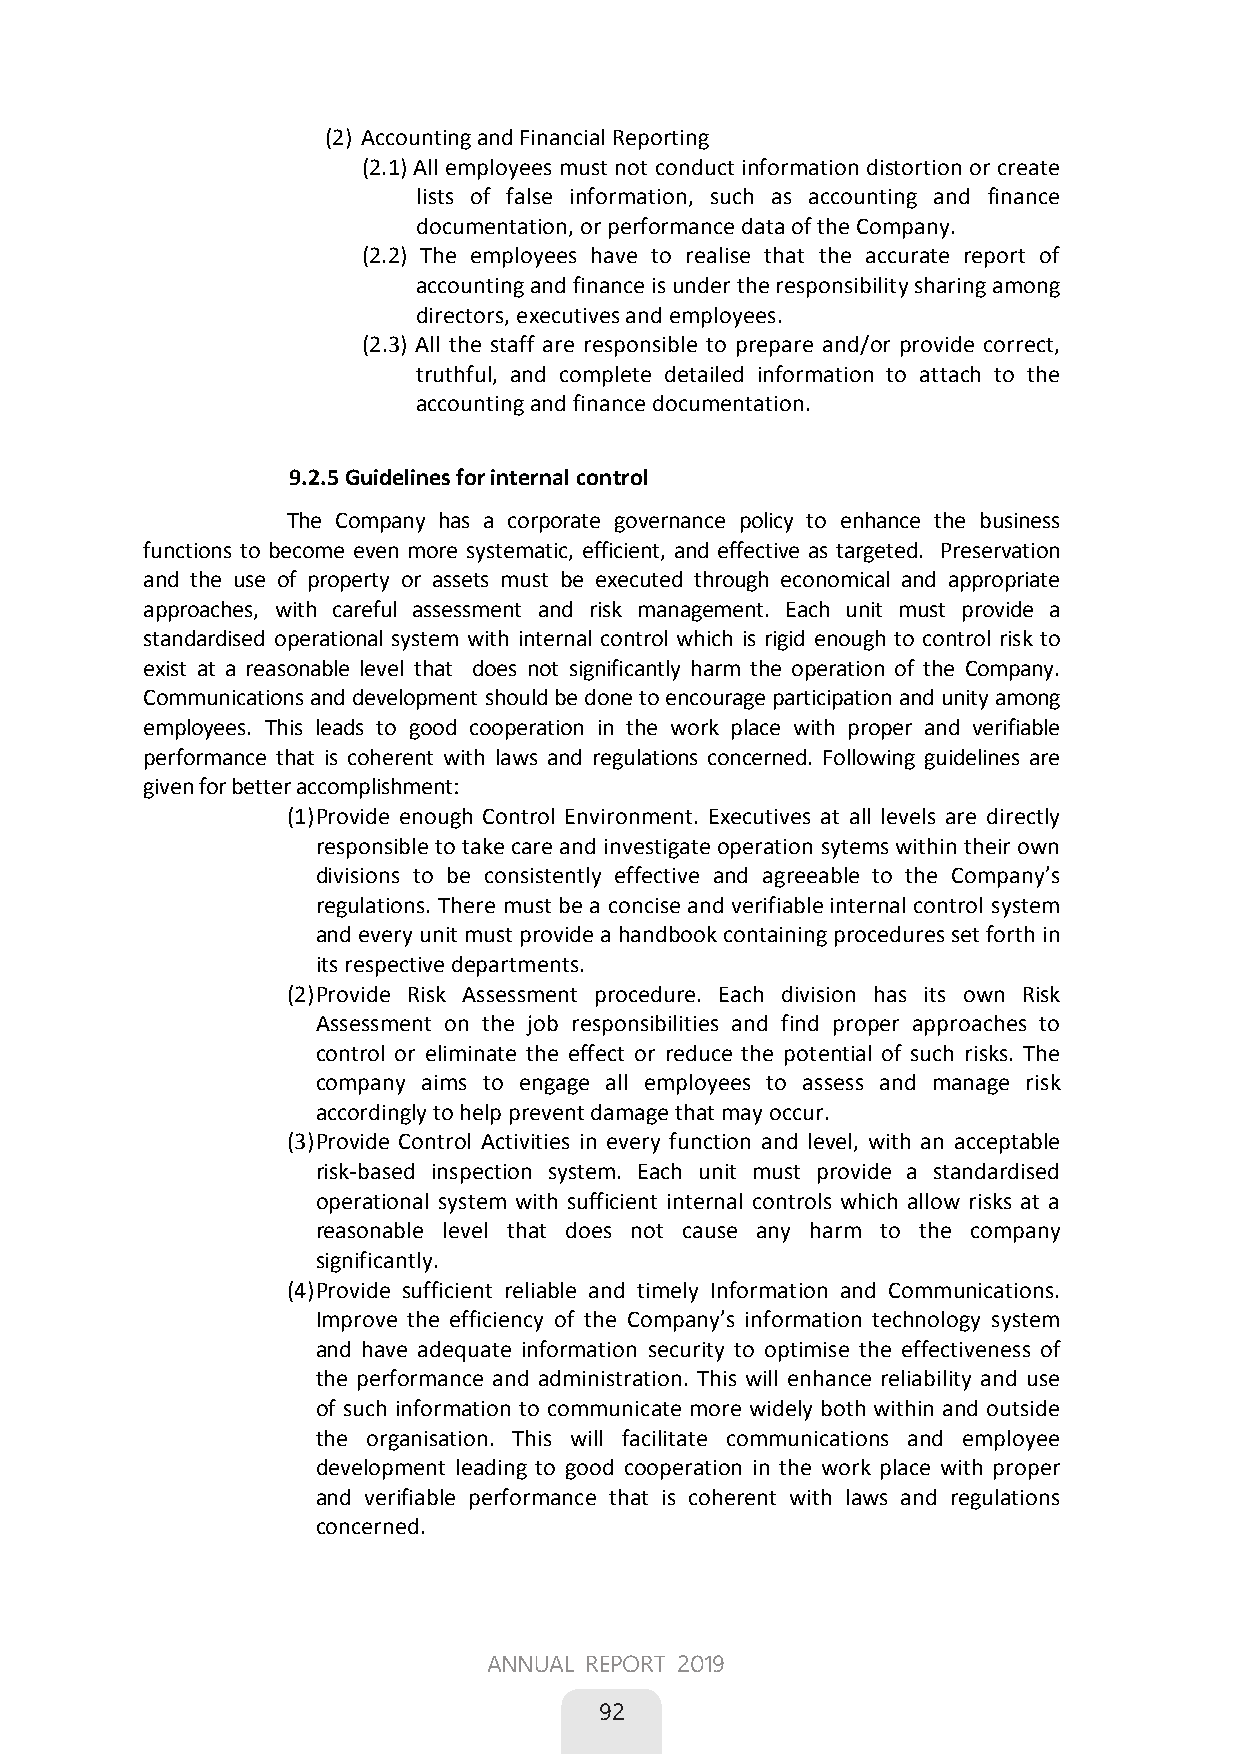
(2) Accounting and Financial Reporting
 (2.1) All employees must not conduct information distortion or create
 lists of false information, such as accounting and finance
 documentation, or performance data of the Company.
 (2.2) The employees have to realise that the accurate report of
 accounting and finance is under the responsibility sharing among
 directors, executives and employees.
 (2.3) All the staff are responsible to prepare and/or provide correct,
 truthful, and complete detailed information to attach to the
 accounting and finance documentation.
 9.2.5 Guidelines for internal control
 The Company has a corporate governance policy to enhance the business
 functions to become even more systematic, efficient, and effective as targeted. Preservation
 and the use of property or assets must be executed through economical and appropriate
 approaches, with careful assessment and risk management. Each unit must provide a
 standardised operational system with internal control which is rigid enough to control risk to
 exist at a reasonable level that does not significantly harm the operation of the Company.
 Communications and development should be done to encourage participation and unity among
 employees. This leads to good cooperation in the work place with proper and verifiable
 performance that is coherent with laws and regulations concerned. Following guidelines are
 given for better accomplishment:
 (1) Provide enough Control Environment. Executives at all levels are directly
 responsible to take care and investigate operation sytems within their own
 divisions to be consistently effective and agreeable to the Company’s
 regulations. There must be a concise and verifiable internal control system
 and every unit must provide a handbook containing procedures set forth in
 its respective departments.
 (2) Provide Risk Assessment procedure. Each division has its own Risk
 Assessment on the job responsibilities and find proper approaches to
 control or eliminate the effect or reduce the potential of such risks. The
 company aims to engage all employees to assess and manage risk
 accordingly to help prevent damage that may occur.
 (3) Provide Control Activities in every function and level, with an acceptable
 risk-based inspection system. Each unit must provide a standardised
 operational system with sufficient internal controls which allow risks at a
 reasonable level that does not cause any harm to the company
 significantly.
 (4) Providesufficient reliable and timely Information and Communications.
 Improve the efficiency of the Company’s information technology system
 and have adequate information security to optimise the effectiveness of
 the performance and administration. This will enhance reliability and use
 of such information to communicate more widely both within and outside
 the organisation. This will facilitate communications and employee
 development leading to good cooperation in the work place with proper
 and verifiable performance that is coherent with laws and regulations
 concerned.
 54
 
 ANNUAL REPORT 2019
 92